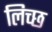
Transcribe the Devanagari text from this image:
लिच्छ